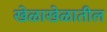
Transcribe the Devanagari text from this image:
खेळाखेळातील